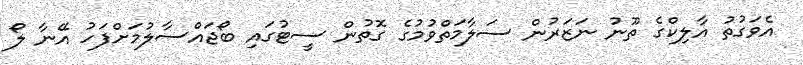
އެވަގުތު އާލިކްގެ ތޫނު ނަޒަރުން ސަލާމަތްވުމުގެ ގޮތުން ސީޓުގައި ބޯޖައްސާލުމަށްފަހު އޭނާ ލޯ